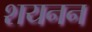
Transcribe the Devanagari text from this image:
शयनन